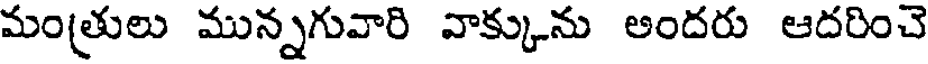
మం(తులు మున్నగువారి వాక్కును అందరు ఆదరించె